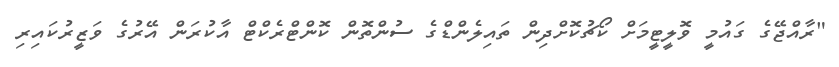
"ރާއްޖޭގެ ގައުމީ ވޮލީޓީމަށް ކޯޗުކޮށްދިން ތައިލެންޑްގެ ސުންތޮން ކޮންޓްރެކްޓް އާކުރަން އޭރުގެ ވަޒީރުކައިރި